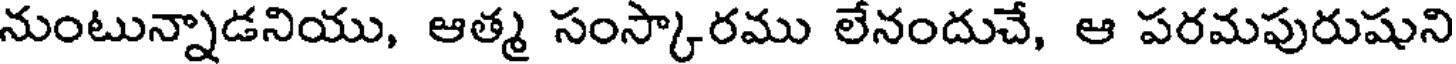
నుంటున్నాడనియు, ఆత్మ సంస్కారము లేనందుచే, ఆ పరమపురుషుని